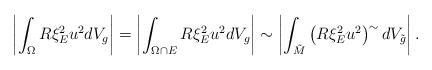
LaTeX: \begin{align*} \left\vert \int_\Omega R\xi_E^2u^2dV_g\right\vert=\left\vert \int_{\Omega\cap E} R\xi_E^2u^2dV_g\right\vert\sim\left\vert \int_{\tilde M} \left(R\xi_E^2u^2\right)^{\sim}dV_{\tilde g}\right\vert.\end{align*}